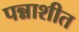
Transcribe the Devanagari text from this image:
पन्नाशीत